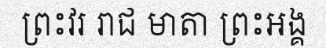
ព្រះវរ រាជ មាតា ព្រះអង្គ